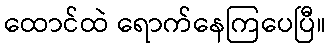
ထောင်ထဲ ရောက်နေကြပေပြီ။